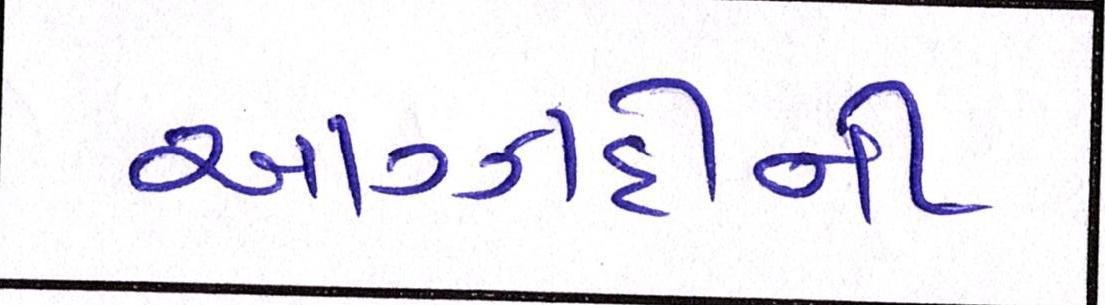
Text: આઝાદીની